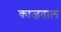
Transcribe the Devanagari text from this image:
काजताल